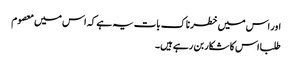
اور اس میں خطرناک بات یہ ہے کہ اس میں معصوم
طلبا اس کا شکار بن رہے ہیں۔